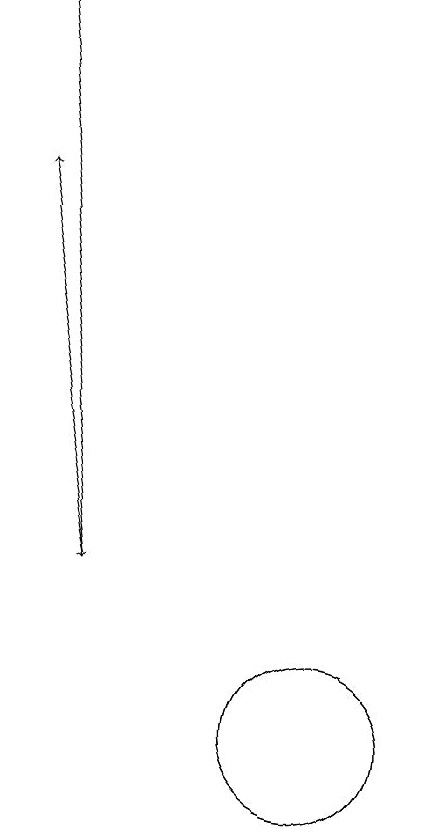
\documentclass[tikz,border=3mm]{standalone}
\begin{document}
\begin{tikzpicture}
\draw[->] (6,19) -- (7,12);
\draw (10,10) circle (1);
\draw (10,10) circle (1);
\draw[->] (7,12) -- (6,17);
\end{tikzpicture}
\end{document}